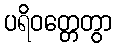
ပရိဝတ္တေတွာ